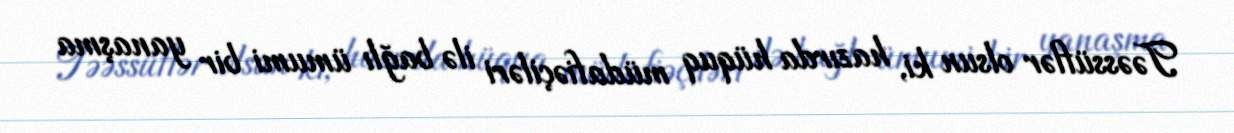
Təəssüflər olsun ki, hazırda hüquq müdafiəçiləri ilə bağlı ümumi bir yanaşma